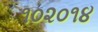
૧૦૨૦૧૪